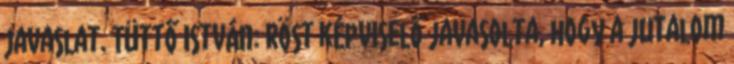
javaslat. Tüttő István: Röst képviselő javasolta, hogy a jutalom